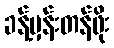
ခန့်မှန်းတန်ဖိုး